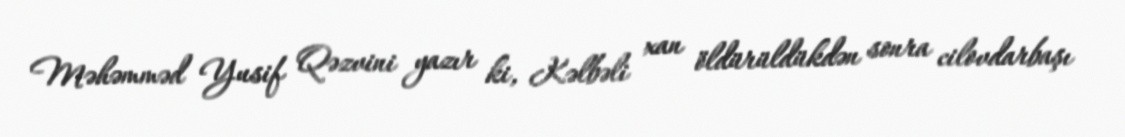
Məhəmməd Yusif Qəzvini yazır ki, Kəlbəli xan öldürüldükdən sonra cilovdarbaşı